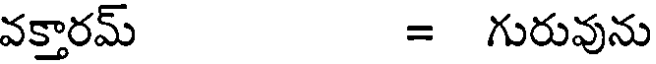
వక్తారమ్ = గురువును